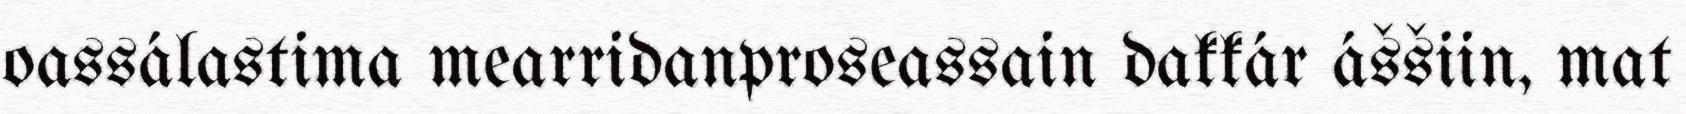
oassálastima mearridanproseassain dakkár áššiin, mat